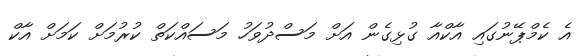
އެ ކެމްޕޭނުގައި އާކްއާ ގުޅިގެން އަށް މަސްދުވަހު މަސައްކަތް ކުރުމަށް ކަމަށް އާކް